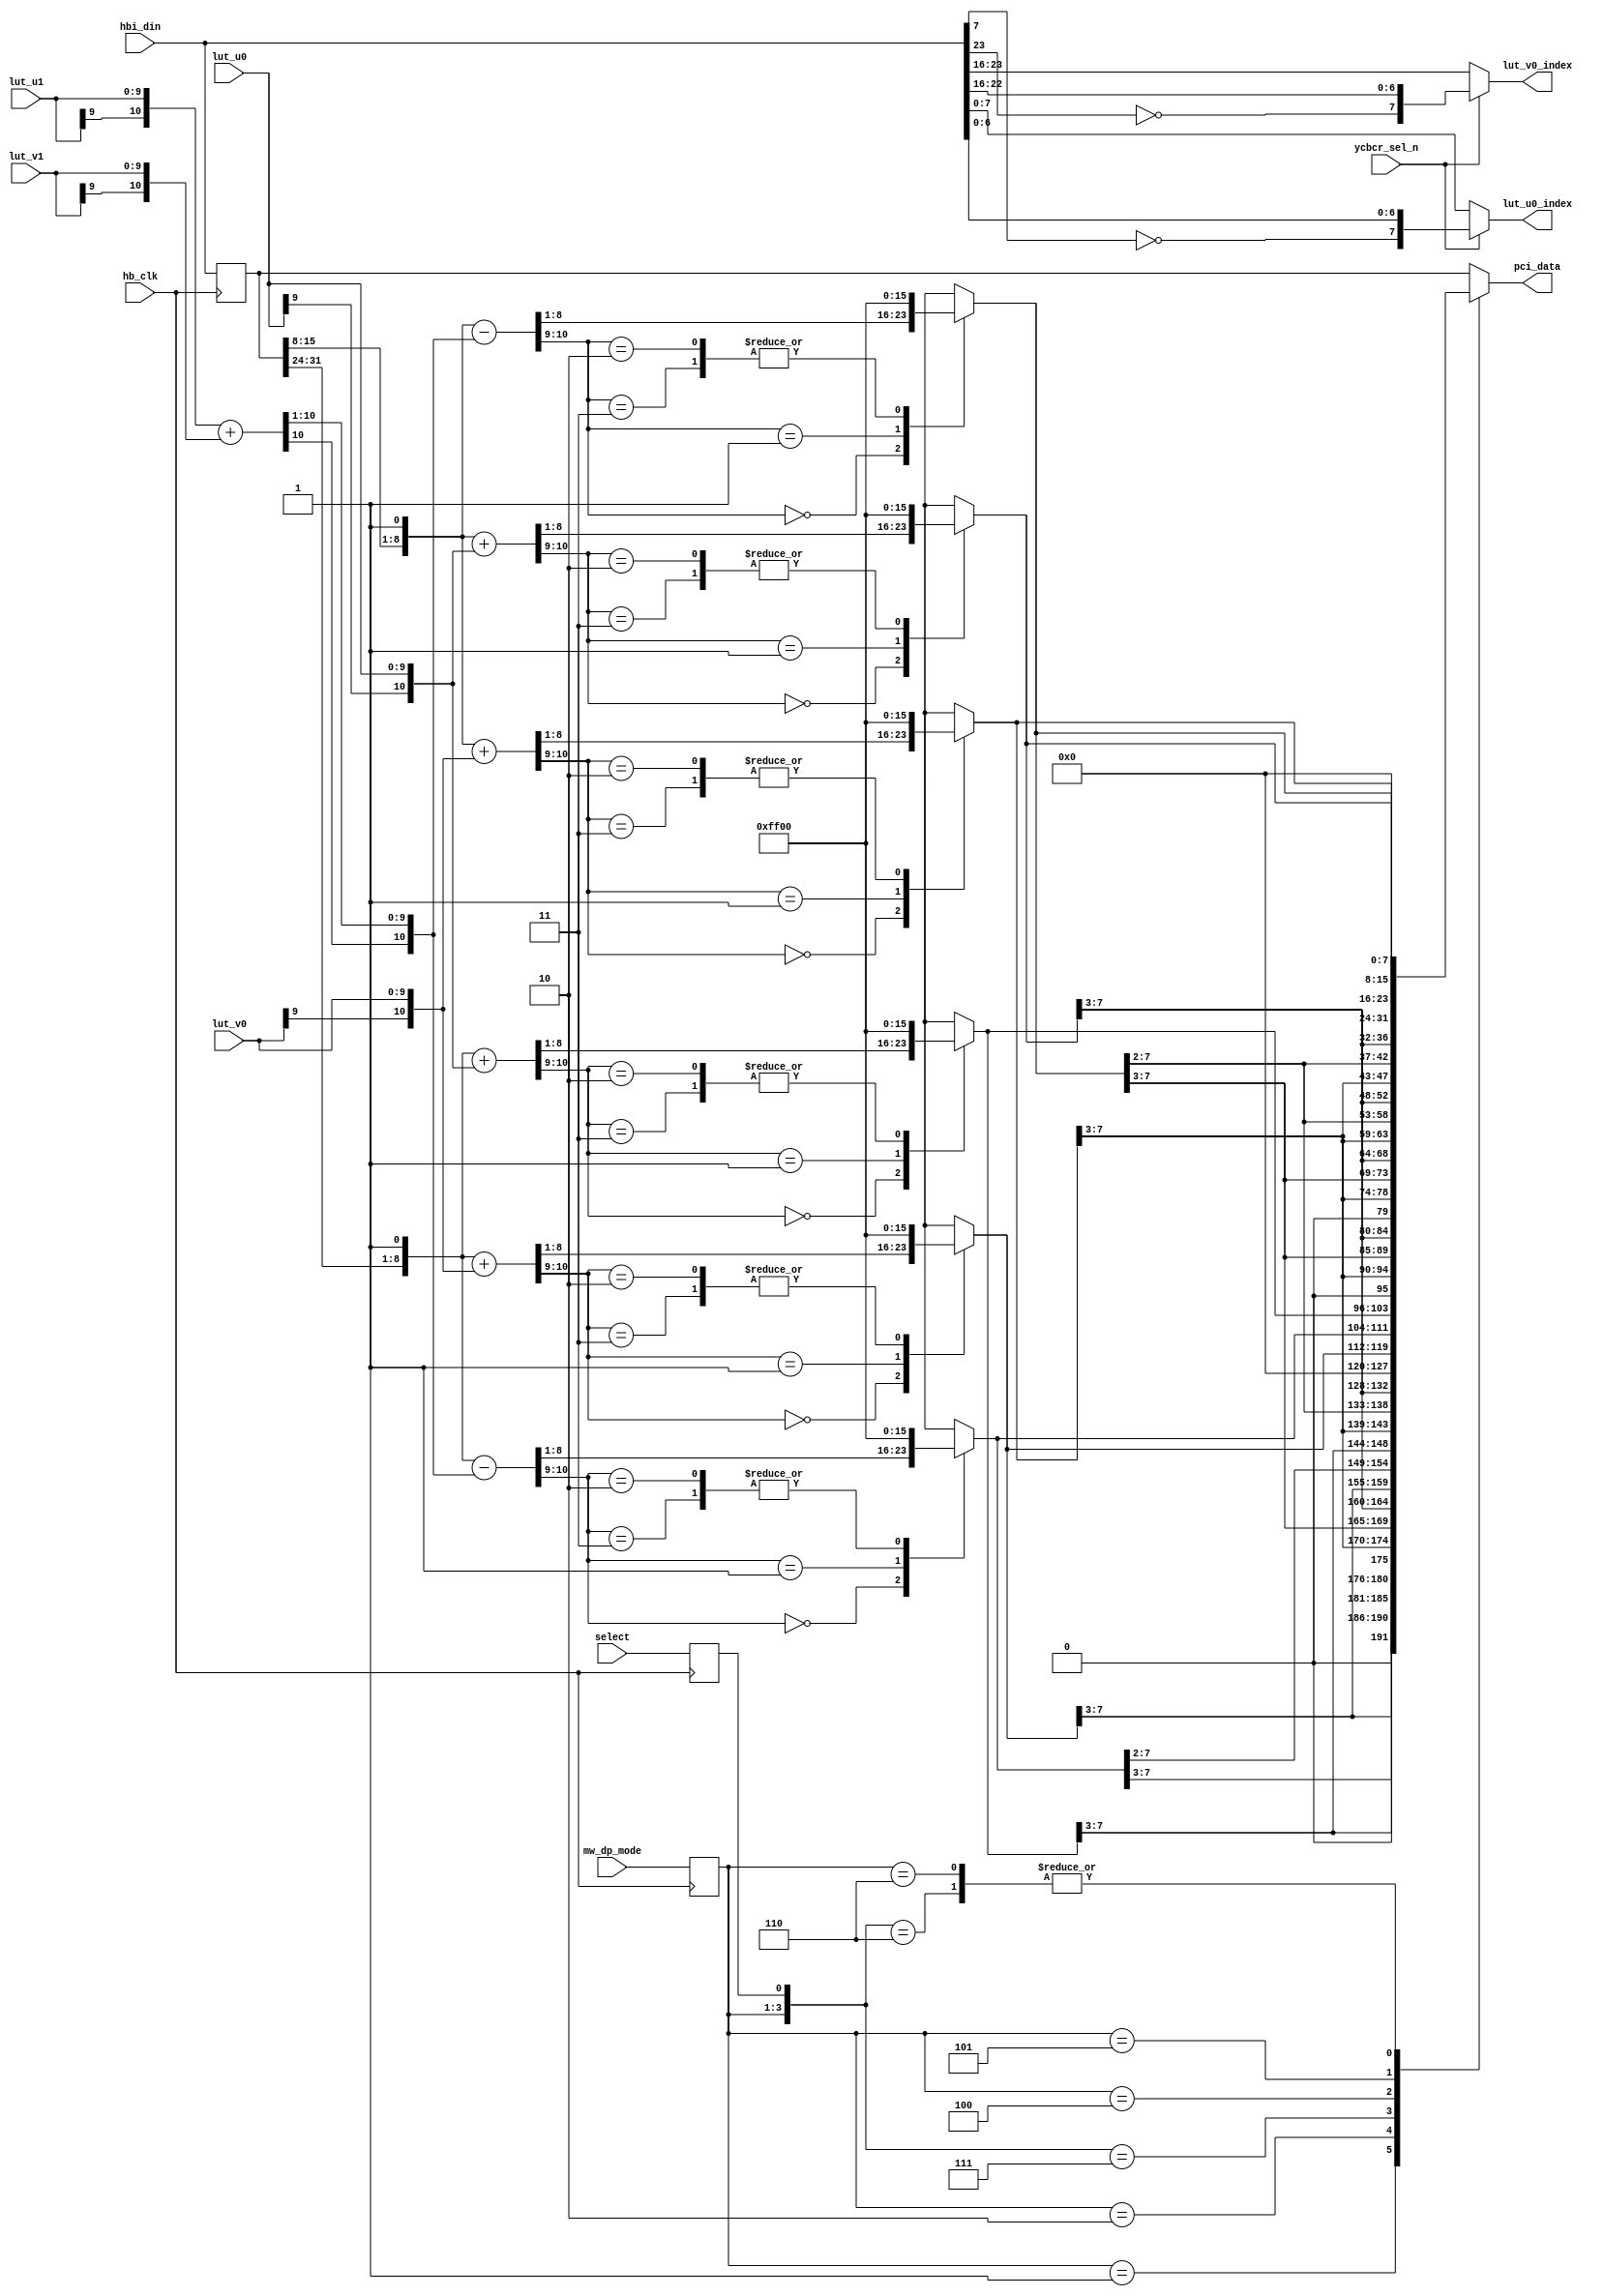
module hbi_yuv2rgb
    (
     input              hb_clk,       
     input [31:0]	hbi_din,      
     input [2:0]	mw_dp_mode,   
     input [9:0]	lut_v0,       
     input [9:0]	lut_v1,       
     input [9:0]	lut_u0,       
     input [9:0]	lut_u1,       
     input		ycbcr_sel_n,  
     input              select,       
     output reg [31:0]	pci_data,
     output reg [7:0]	lut_u0_index, 
     output reg [7:0]	lut_v0_index 
     );
  reg [10:0] green_uv0;
  reg [10:0] red0, green0, blue0;
  reg [10:0] red1, green1, blue1;
  reg [7:0]  red0_pix, green0_pix, blue0_pix;
  reg [7:0]  red1_pix, green1_pix, blue1_pix;
  reg [31:0] hbi_del;
  reg [2:0]  mw_dp_mode_del;
  reg 	     select_del;
  wire [7:0] y0, y1, y2, y3;
  always @(posedge hb_clk) begin
    hbi_del        <= hbi_din;
    mw_dp_mode_del <= mw_dp_mode;
    select_del     <= select;
  end
  assign y0[7:0] = hbi_del[15:8];
  assign y1[7:0] = hbi_del[31:24];
  always @* begin
    if (ycbcr_sel_n) begin
      lut_u0_index = {~hbi_din[7],hbi_din[6:0]};
      lut_v0_index = {~hbi_din[23],hbi_din[22:16]};
    end else begin
      lut_u0_index = hbi_din[7:0];
      lut_v0_index = hbi_din[23:16];
    end 
  end 
  always @* begin
    green_uv0[10:0] = {lut_u1[9],lut_u1[9:0]} + {lut_v1[9],lut_v1[9:0]};
  end
  always @* begin
    red0[10:0]      = {y0[7:0],1'b1} + {lut_v0[9],lut_v0[9:0]};
    blue0[10:0]     = {y0[7:0],1'b1} + {lut_u0[9],lut_u0[9:0]};
    green0[10:0]    = {y0[7:0],1'b1} - {green_uv0[10],green_uv0[10:1]};
    case (red0[10:9])
      2'b00: 
	red0_pix = red0[8:1];
      2'b01: 
	red0_pix = 8'hff;
      2'b10, 2'b11: 
	red0_pix = 8'h0;
    endcase 
    case (green0[10:9])
      2'b00: 
	green0_pix = green0[8:1];
      2'b01: 
	green0_pix = 8'hff;
      2'b10, 2'b11: 
	green0_pix = 8'h0;
    endcase 
    case (blue0[10:9])
      2'b00: 
	blue0_pix = blue0[8:1];
      2'b01: 
	blue0_pix = 8'hff;
      2'b10, 2'b11: 
	blue0_pix = 8'h0;
    endcase 
  end 
  always @* begin
    red1[10:0]      = {y1[7:0],1'b1} + {lut_v0[9],lut_v0[9:0]};
    blue1[10:0]     = {y1[7:0],1'b1} + {lut_u0[9],lut_u0[9:0]};
    green1[10:0]    = {y1[7:0],1'b1} - {green_uv0[10],green_uv0[10:1]};
    case (red1[10:9])
      2'b00: 
	red1_pix = red1[8:1];
      2'b01: 
	red1_pix = 8'hff;
      2'b10, 2'b11: 
	red1_pix = 8'h0;
    endcase 
    case (green1[10:9])
      2'b00: 
	green1_pix = green1[8:1];
      2'b01: 
	green1_pix = 8'hff;
      2'b10, 2'b11: 
	green1_pix = 8'h0;
    endcase 
    case (blue1[10:9])
      2'b00: 
	blue1_pix = blue1[8:1];
      2'b01: 
	blue1_pix = 8'hff;
      2'b10, 2'b11: 
	blue1_pix = 8'h0;
    endcase 
  end 
  always @* begin
    casex ({mw_dp_mode_del, select_del}) 
      4'b001x: 
	pci_data = {1'b0,red1_pix[7:3],green1_pix[7:3],blue1_pix[7:3],
		    1'b0,red0_pix[7:3],green0_pix[7:3],blue0_pix[7:3]};
      4'b010x: 
	pci_data = {red1_pix[7:3],green1_pix[7:2],blue1_pix[7:3],
		    red0_pix[7:3],green0_pix[7:2],blue0_pix[7:3]};
      4'b0110: 
	pci_data = {8'h0, red0_pix, green0_pix, blue0_pix};
      4'b0111: 
	pci_data = {8'h0, red1_pix, green1_pix, blue1_pix};
      4'b100x: 
	pci_data = {2{1'b0,red0_pix[7:3],green0_pix[7:3],blue0_pix[7:3]}};
      4'b101x: 
	pci_data = {2{red0_pix[7:3],green0_pix[7:2],blue0_pix[7:3]}};
      4'b110x: 
	pci_data = {8'h0, red0_pix, green0_pix, blue0_pix};
      default:  
	pci_data = hbi_del;
    endcase 
  end 
endmodule